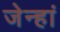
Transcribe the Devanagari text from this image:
जेन्हां